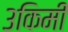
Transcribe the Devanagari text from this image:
३किमी